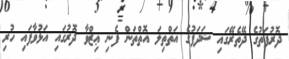
ދޮރުފަތުގެ ދޭތެރޭގައި ޝަދަފުގެ އަތްތިލަ އޮތްތަން ފެނި ޢިޒްވާ ދޮރުގައި އަޅުވާފައި ހުރި